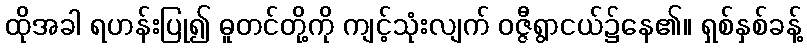
ထိုအခါ ရဟန်းပြု၍ ဓူတင်တို့ကို ကျင့်သုံးလျက် ဝဇ္ဇီရွာငယ်၌နေ၏။ ရှစ်နှစ်ခန့်